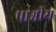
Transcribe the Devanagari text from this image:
पाश्वीय